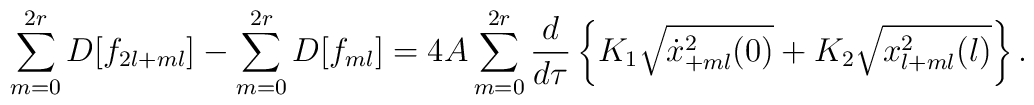
\sum_{m=0}^{2r}D[f_{2l+ml}]-\sum_{m=0}^{2r}D[f_{ml}]=   4A \sum_{m=0}^{2r}\frac{d}{d \tau}\left\{K_1 \sqrt{\dot x^2_{+ml}(0)}+K_2 \sqrt{x^2_{l+ml}(l)}\right\}.